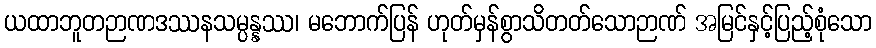
ယထာဘူတဉာဏဒဿနသမ္ပန္နဿ၊ မဘောက်ပြန် ဟုတ်မှန်စွာသိတတ်သောဉာဏ် အမြင်နှင့်ပြည့်စုံသော